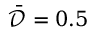
\bar { \mathcal { D } } = 0 . 5